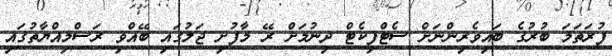
ފުރަތަމަ ބުރުގެ ބައިވެރިންނަށް ސެޓްފިކެޓް ދިނުމަށް ރޭ މާފުށި ޖަލުގައި ބޭއްވި ރަސްމިއްޔާތުގައި